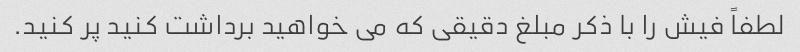
لطفاً فیش را با ذکر مبلغ دقیقی که می خواهید برداشت کنید پر کنید.